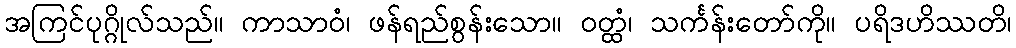
အကြင်ပုဂ္ဂိုလ်သည်။ ကာသာဝံ၊ ဖန်ရည်စွန်းသော။ ဝတ္ထံ၊ သင်္ကန်းတော်ကို။ ပရိဒဟိဿတိ၊